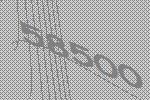
58500